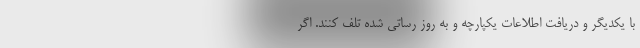
با یکدیگر و دریافت اطلاعات یکپارچه و به روز رساتی شده تلف کنند. اگر